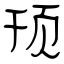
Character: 顸